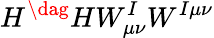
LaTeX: H^{\dag}HW_{\mu\nu}^{I}W^{I\mu\nu}